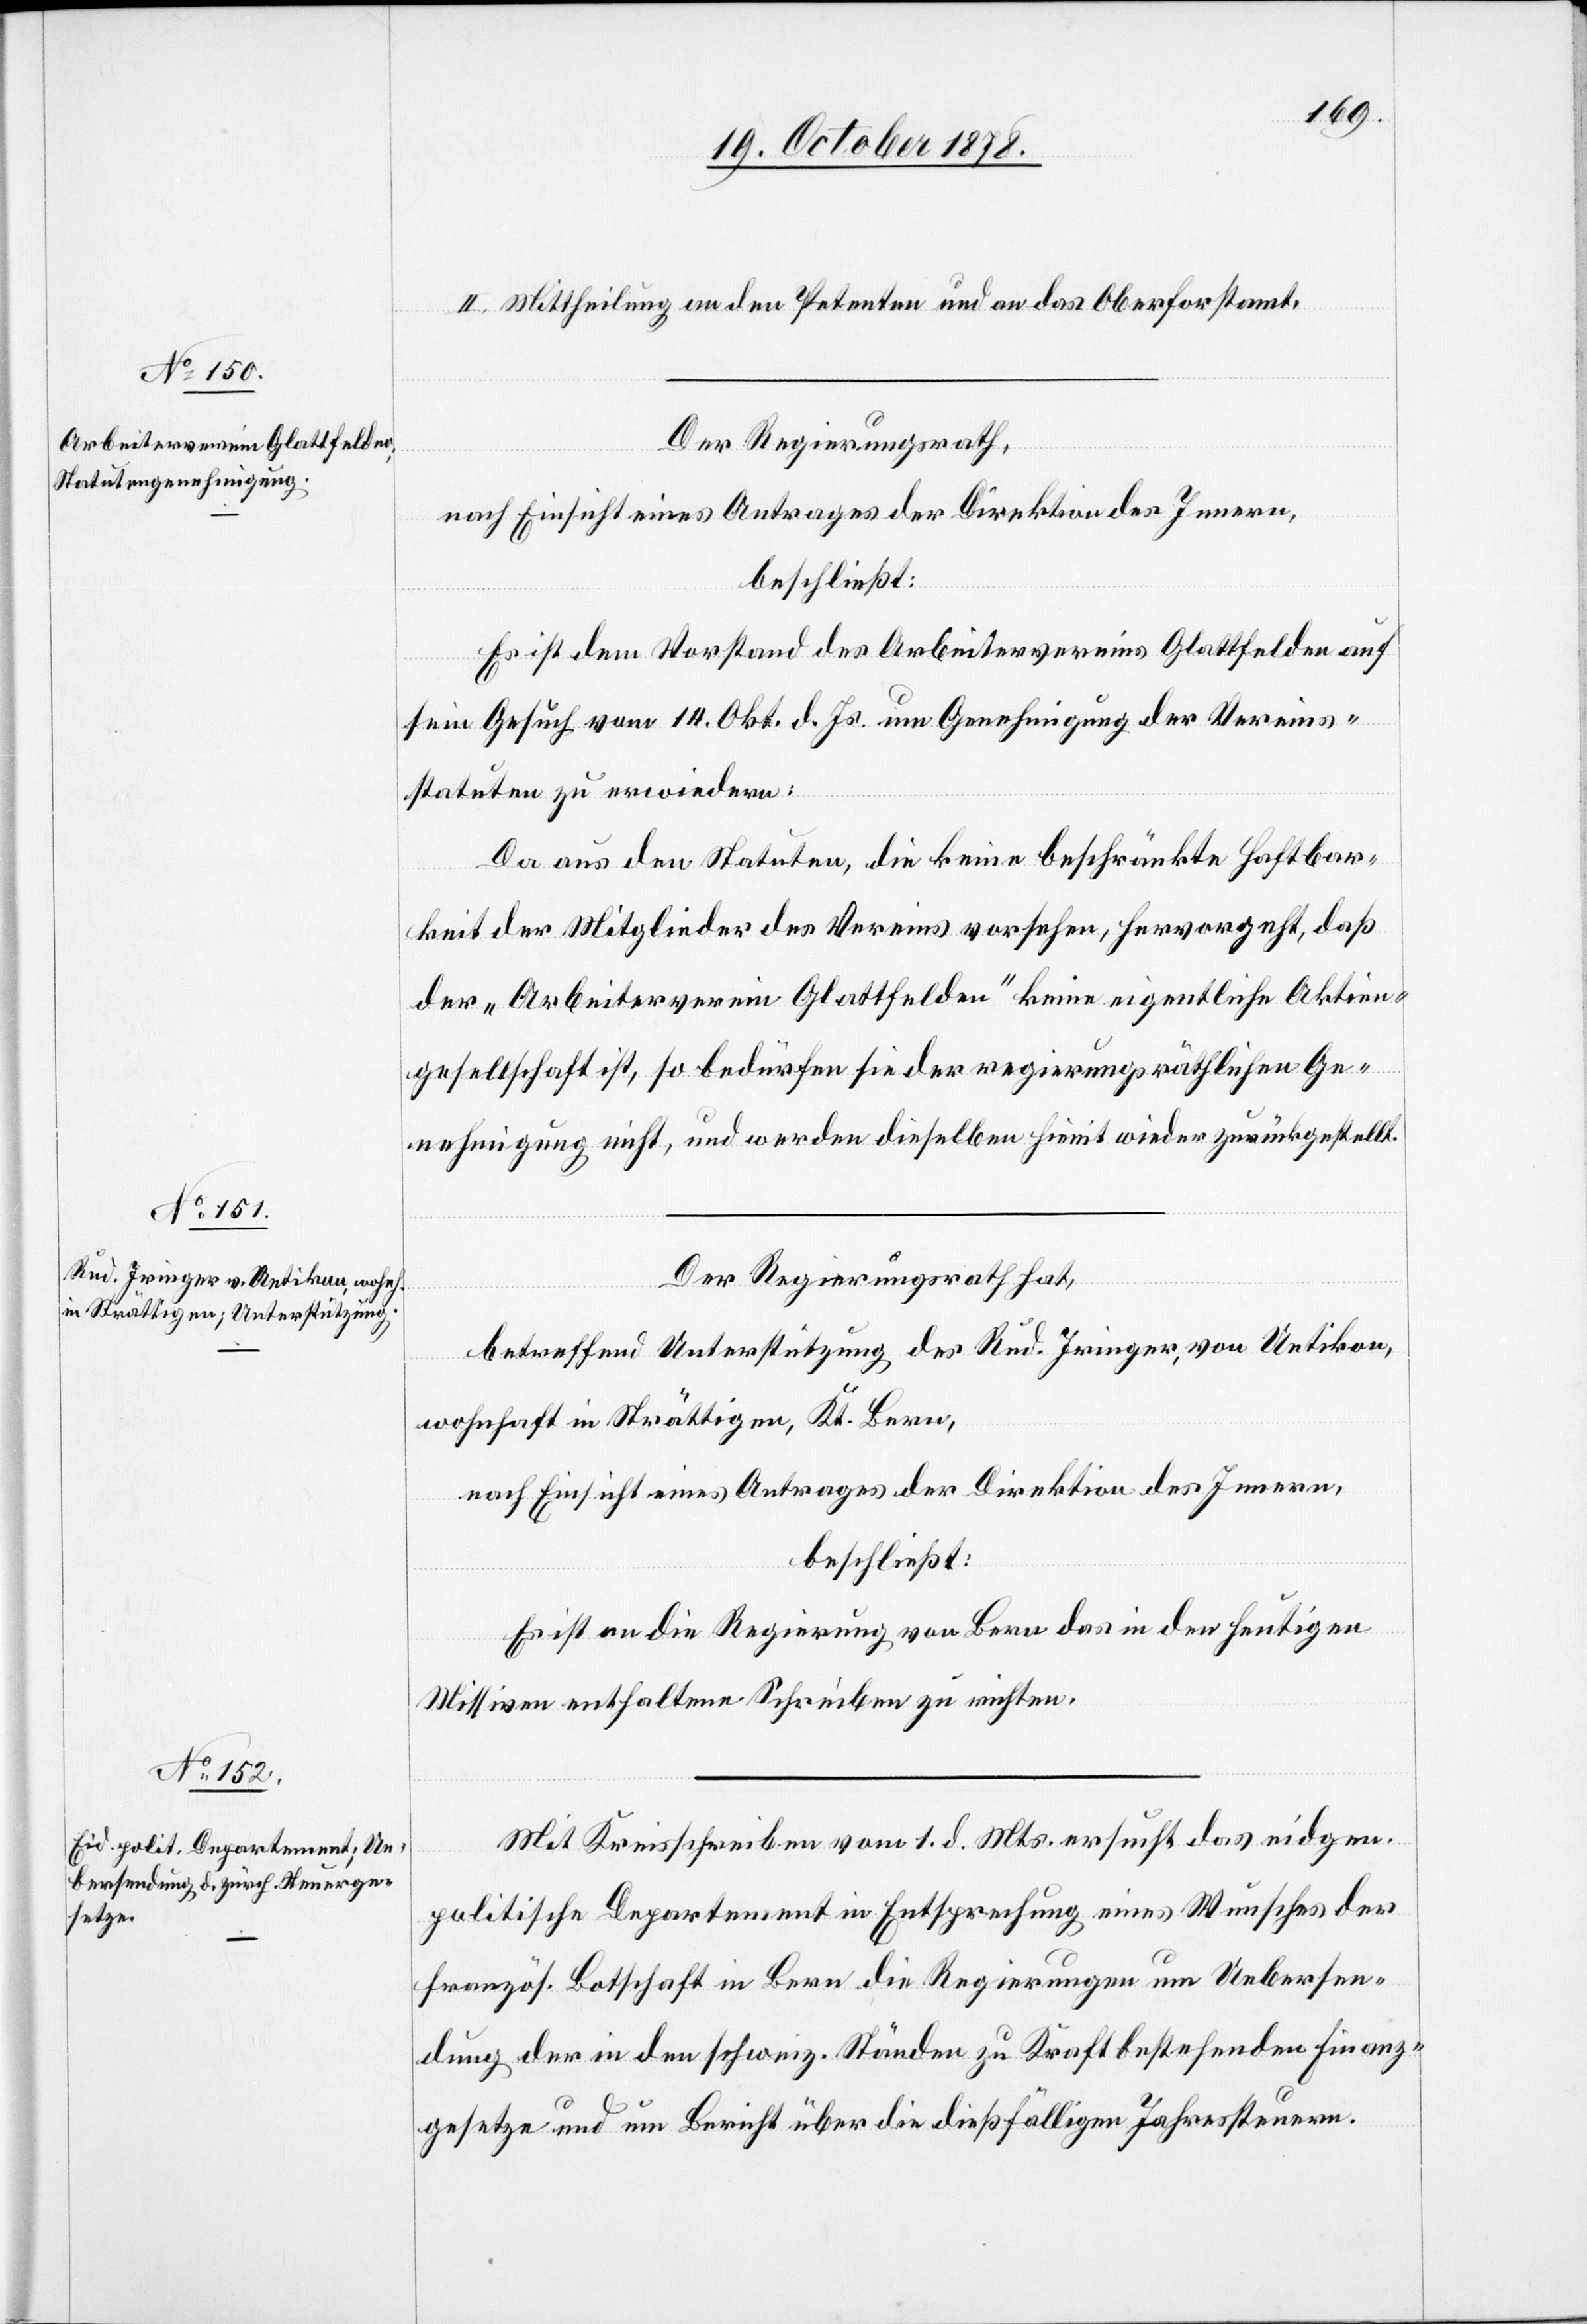
II. Mittheilung an den Petenten und an das Oberforstamt.
Der Regierungsrath,
nach Einsicht eines Antrages der Direktion des Innern,
beschließt:
Es ist dem Vorstand des Arbeitervereins Glattfelden auf
sein Gesuch vom 14. Okt. d. Js. um Genehmigung der Vereins¬
statuten zu erwiedern:
Da aus den Statuten, die keine beschränkte Haftbar¬
keit der Mitglieder des Vereins vorsehen, hervorgeht, daß
der „Arbeiterverein Glattfelden“ keine eigentliche Aktien¬
gesellschaft ist, so bedürfen sie der regierungsräthlichen Ge¬
nehmigung nicht, und werden dieselben hiemit wieder zurückgestellt.
Der Regierungsrath hat,
betreffend Unterstützung des Rud. Iringer, von Uetikon,
wohnhaft in Strättligen, Kt. Bern,
nach Einsicht eines Antrages der Direktion des Innern,
beschließt:
Es ist an die Regierung von Bern das in der heutigen
Missiven enthaltene Schreiben zu richten.
Mit Kreisschreiben vom 1. d. Mts. ersucht das eidgen.
politische Departement in Entsprechung eines Wunsches der
französ. Botschaft in Bern die Regierungen um Uebersen¬
dung der in den schweiz. Ständen zu Kraft bestehenden Finanz¬
gesetze und um Bericht über die dießfälligen Jahressteuern.